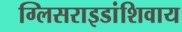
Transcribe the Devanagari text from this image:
ग्लिसराइडांशिवाय